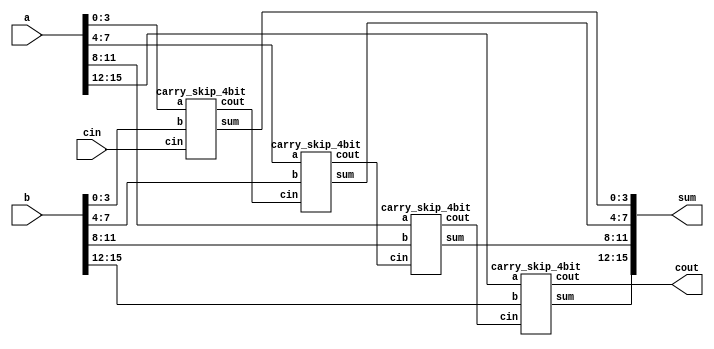
`timescale 1ns / 1ps
 
module carry_skip_16bit(a, b, cin, sum, cout);
input [15:0] a,b;
input cin;
output cout;
output [15:0] sum;
 
wire [2:0] c;
 
carry_skip_4bit csa1(.a(a[3:0]), .b(b[3:0]), .cin(cin), .sum(sum[3:0]), .cout(c[0]));
carry_skip_4bit csa2 (.a(a[7:4]), .b(b[7:4]), .cin(c[0]), .sum(sum[7:4]), .cout(c[1]));
carry_skip_4bit csa3(.a(a[11:8]), .b(b[11:8]), .cin(c[1]), .sum(sum[11:8]), .cout(c[2]));
carry_skip_4bit csa4(.a(a[15:12]), .b(b[15:12]), .cin(c[2]), .sum(sum[15:12]), .cout(cout));
 
endmodule
 
/////////////////////////////////////
// Carry Skip Adder 4 bit
//////////////////////////////////////
 
module carry_skip_4bit(a, b, cin, sum, cout);
input [3:0] a,b;
input cin;
output [3:0] sum;
output cout;
wire [3:0] p;
wire c0;
wire bp;
 
ripple_carry_4_bit rca1 (.a(a[3:0]), .b(b[3:0]), .cin(cin), .sum(sum[3:0]), .cout(c0));
generate_p p1(a,b,p,bp);
mux2X1 m0(.in0(c0),.in1(cin),.sel(bp),.out(cout));
 
endmodule
/////////////////////////////////////
// Propagate Generation
/////////////////////////////////////
 
module generate_p(a,b,p,bp);
input [3:0] a,b;
output [3:0] p;
output bp;
assign p= a^b;//get all propagate bits
assign bp= &p;// and p0p1p2p3 bits
endmodule
 
/////////////////////////////////
//4-bit Ripple Carry Adder
/////////////////////////////////
module ripple_carry_4_bit(a, b, cin, sum, cout);
input [3:0] a,b;
input cin;
wire c1,c2,c3;
output [3:0] sum;
output cout;
 
full_adder fa0(.a(a[0]), .b(b[0]),.cin(cin), .sum(sum[0]),.cout(c1));
full_adder fa1(.a(a[1]), .b(b[1]), .cin(c1), .sum(sum[1]),.cout(c2));
full_adder fa2(.a(a[2]), .b(b[2]), .cin(c2), .sum(sum[2]),.cout(c3));
full_adder fa3(.a(a[3]), .b(b[3]), .cin(c3), .sum(sum[3]),.cout(cout));
endmodule
 
///////////////////////////////////////////
//1bit Full Adder
//////////////////////////////////////////
module full_adder(a,b,cin,sum, cout);
input a,b,cin;
output sum, cout;
wire x,y,z;
half_adder h1(.a(a), .b(b), .sum(x), .cout(y));
half_adder h2(.a(x), .b(cin), .sum(sum), .cout(z));
or or_1(cout,z,y);
endmodule
/////////////////////////////////////////////////////////////////////////////
// 1 bit Half Adder
//////////////////////////////////////////////////////////////////////
module half_adder( a,b, sum, cout );
input a,b;
output sum, cout;
xor xor_1 (sum,a,b);
and and_1 (cout,a,b);
endmodule
 
/////////////////////////
//2X1 Mux
/////////////////////////
 
module mux2X1( in0,in1,sel,out);
input in0,in1;
input sel;
output out;
assign out=(sel)?in1:in0;
endmodule